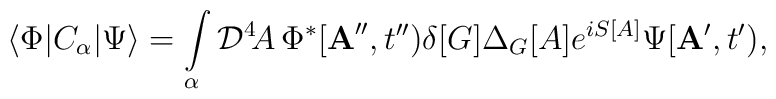
\langle\Phi|C_\alpha|\Psi\rangle=\int\limits_\alpha{\cal D}^4\! A\,\Phi^*[{\bf A}'',t'')\delta[G]\Delta_G[A]e^{iS[A]}\Psi[{\bf A}',t'),